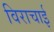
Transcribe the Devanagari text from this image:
विराचाई